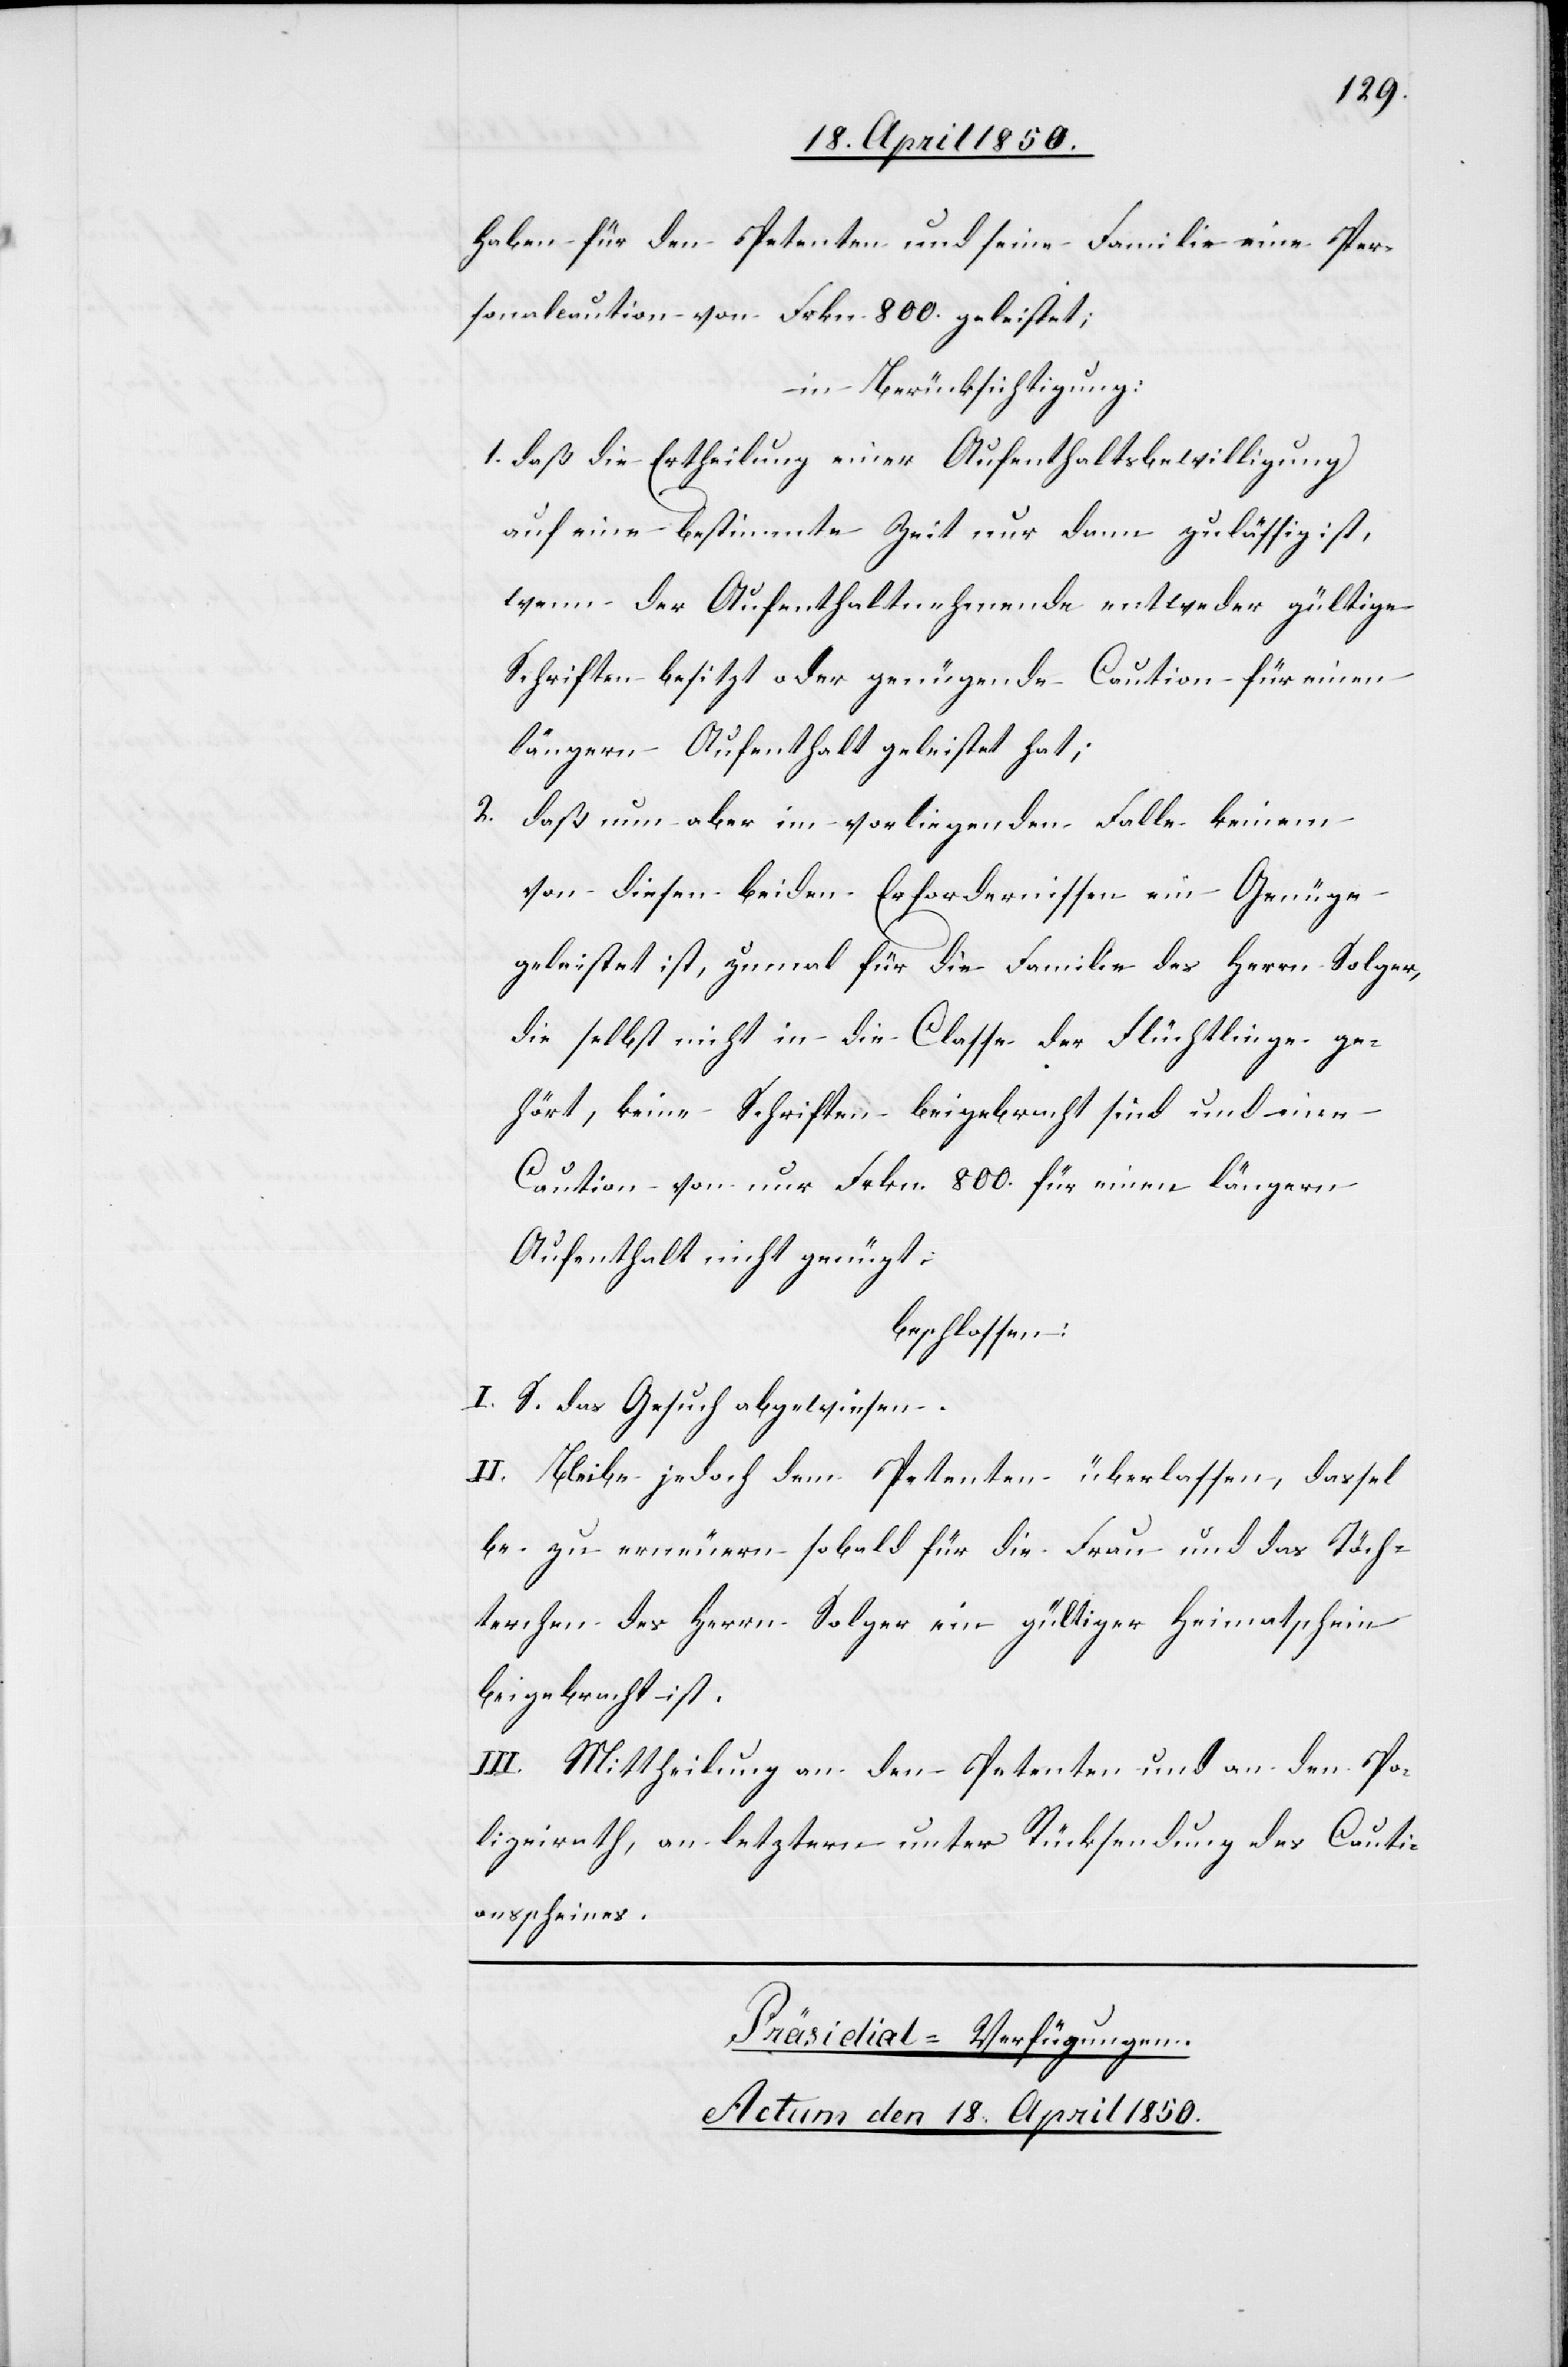
haben für den Petenten und seine Familie eine Per¬
sonalcaution von Frkn. 800. geleistet;
in Berücksichtigung:
1. daß die Ertheilung einer Aufenthaltsbewilligung
auf eine bestimmte Zeit nur dann zulässig ist,
wenn der Aufenthaltnehmende entweder gültige
Schriften besitzt oder genügende Caution für einen
längern Aufenthalt geleistet hat;
2. daß nun aber im vorliegenden Falle keinem
von diesen beiden Erfordernissen ein Genüge
geleistet ist, zumal für die Familie des Herrn Solger,
die selbst nicht in die Classe der Flüchtlinge ge¬
hört, keine Schriften beigebracht sind und eine
Caution von nur Frkn. 800. für einen längern
Aufenthalt nicht genügt,
beschlossen:
I. S. das Gesuch abgewiesen.
II. Bleibe jedoch dem Petenten überlassen, dassel¬
be zu erneuern sobald für die Frau und das Töch¬
terchen des Herrn Solger ein gültiger Heimatschein
beigebracht ist.
III. Mittheilung an den Petenten und an den Po¬
lizeirath, an letztern unter Rücksendung des Cauti¬
onsscheines.
Präsidial-Verfügungen.
Actum den 18. April 1850.